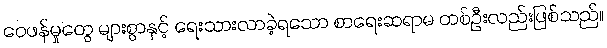
ဝေဖန်မှုတွေ များစွာနှင့် ရေးသားလာခဲ့ရသော စာရေးဆရာမ တစ်ဦးလည်းဖြစ်သည်။